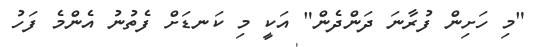
"މި ހަށިން ފުރާނަ ދަންދެން" އަކީ މި ކަނޑަށް ފެތުނު އެންމެ ފަހު